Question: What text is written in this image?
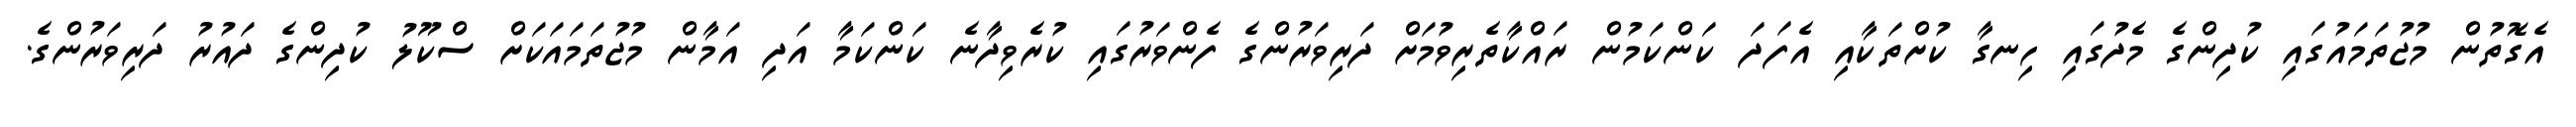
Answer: އެގޮތުން މުޖުތަމައުގައި ކުދިންގެ މެދުގައި ހިނގާ ކުށްތަކާއި އެފަދަ ކަންކަމުން ރައްކާތެރިވުމަށް ދަރިވަރުންގެ ފެންވަރުގައި ކުރެވިދާނެ ކަންކަމާ އަދި އަމާން މުޖުތަމައަކަށް ސްކޫލު ކުދިންގެ ދައުރު ދަރިވަރުންގެ.